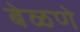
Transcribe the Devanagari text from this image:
बेळणे